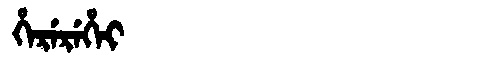
Manchu: ᡥᡝᡵᡝᡵᡝᡥᡝᡳ
Romanization: HEREREHEI